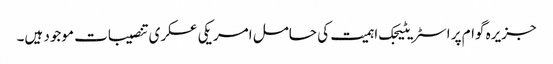
جزیرہ گوام پر اسٹریٹیجک اہمیت کی حامل امریکی عسکری تنصیبات موجود ہیں۔